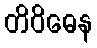
တိဝိဓေန